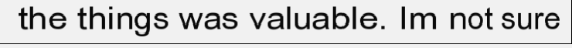
the things was valuable. Im not sure